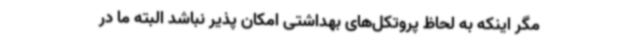
مگر اینکه به لحاظ پروتکل‌های بهداشتی امکان پذیر نباشد البته ما در